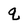
Character: q